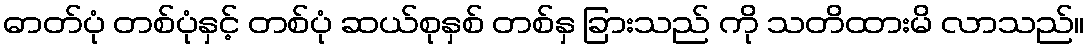
ဓာတ်ပုံ တစ်ပုံနှင့် တစ်ပုံ ဆယ်စုနှစ် တစ်နှ ခြားသည် ကို သတိထားမိ လာသည်။